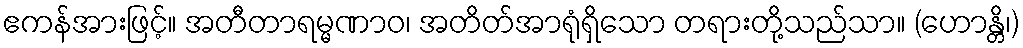
ဧကန်အားဖြင့်။ အတီတာရမ္မဏာဝ၊ အတိတ်အာရုံရှိသော တရားတို့သည်သာ။ (ဟောန္တိ၊)